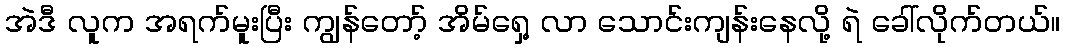
အဲဒီ လူက အရက်မူးပြီး ကျွန်တော့် အိမ်ရှေ့ လာ သောင်းကျန်းနေလို့ ရဲ ခေါ်လိုက်တယ်။